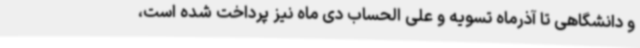
و دانشگاهی تا آذرماه تسویه و علی الحساب دی ماه نیز پرداخت شده است،